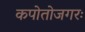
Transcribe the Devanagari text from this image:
कपोतोजगरः